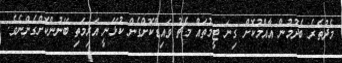
މެދުތެރެ ބެދުމުން އާއްމުކޮށް ގިނަ ޓީމުތައް މެޗު ވައިޑްކޮށްގެން ކުޅޭނީ އަރިމަތި ބޭނުންކޮށްގެންނެވެ.